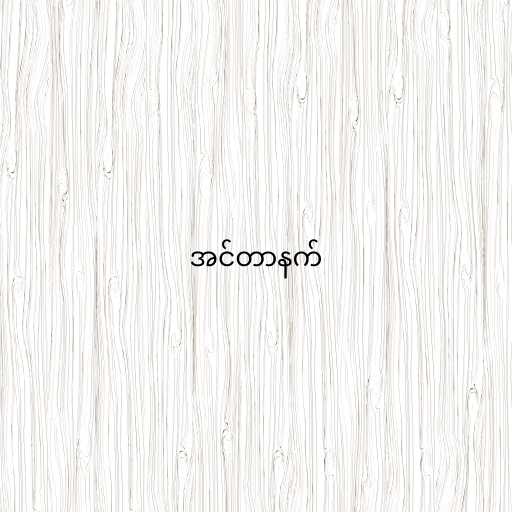
အင်တာနက်